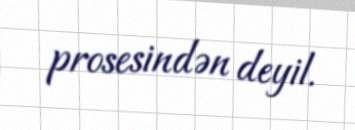
prosesindən deyil.